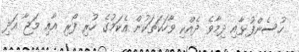
ހުސެންފުޅާއި ދިމާވެ ދެއްކި ވާހަކަތަކުން އެކަމުގެ ހުރި ފޯރި އާއި މަޖާ އަދި